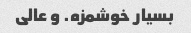
بسیار خوشمزه. و عالی